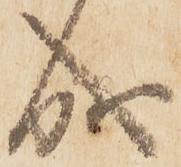
成